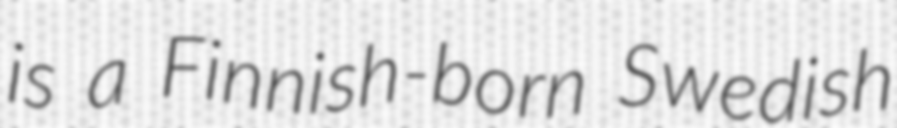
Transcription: is a Finnish-born Swedish